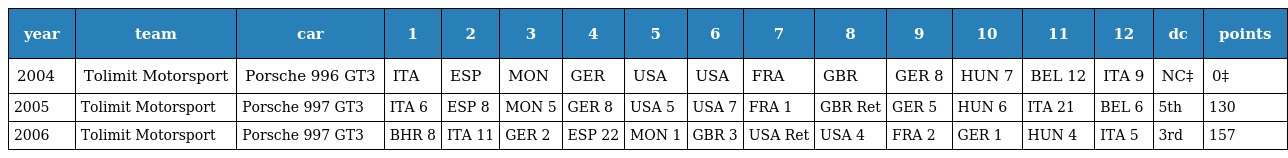
| year | team | car | 1 | 2 | 3 | 4 | 5 | 6 | 7 | 8 | 9 | 10 | 11 | 12 | dc | points |
 | --- | --- | --- | --- | --- | --- | --- | --- | --- | --- | --- | --- | --- | --- | --- | --- | --- |
 | 2004 | Tolimit Motorsport | Porsche 996 GT3 | ITA | ESP | MON | GER | USA | USA | FRA | GBR | GER 8 | HUN 7 | BEL 12 | ITA 9 | NC‡ | 0‡ |
 | 2005 | Tolimit Motorsport | Porsche 997 GT3 | ITA 6 | ESP 8 | MON 5 | GER 8 | USA 5 | USA 7 | FRA 1 | GBR Ret | GER 5 | HUN 6 | ITA 21 | BEL 6 | 5th | 130 |
 | 2006 | Tolimit Motorsport | Porsche 997 GT3 | BHR 8 | ITA 11 | GER 2 | ESP 22 | MON 1 | GBR 3 | USA Ret | USA 4 | FRA 2 | GER 1 | HUN 4 | ITA 5 | 3rd | 157 |